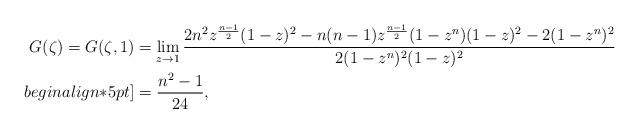
LaTeX: \begin{align*}G(\zeta)=G(\zeta,1)&=\lim_{z\to 1}\frac{2n^2z^{\frac{n-1}{2}}(1-z)^2-n(n-1)z^{\frac{n-1}{2}}(1-z^n)(1-z)^2-2(1-z^n)^2}{2(1-z^n)^2 (1-z)^2}\\begin{align*}5pt]&=\frac{n^2-1}{24},\end{align*}